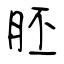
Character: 胚